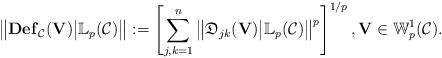
LaTeX: \begin{align*}\big\|{\rm\bf Def}_\mathcal{C}(\mathbf{V})\big|\mathbb{L}_p(\mathcal{C})\big\|:=\left[\sum_{j,k=1}^n \big\|\mathfrak{D}_{jk}(\mathbf{V})\big|\mathbb{L}_p(\mathcal{C})\big\|^p\right]^{1/p}, \mathbf{V}\in\mathbb{W}^1_p(\mathcal{C}). \end{align*}